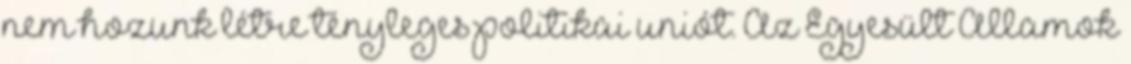
nem hozunk létre tényleges politikai uniót. Az Egyesült Államok